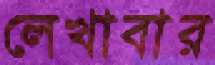
লেখাবার